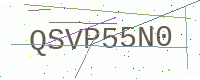
Text: QSVP55N0